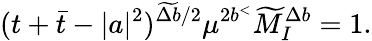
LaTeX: (t+\bar{t}-|a|^{2})^{\widetilde{\Delta b}/2}\mu^{2b^{<}}\widetilde{M}_{I}^{\Delta b}=1.